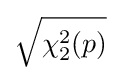
{\sqrt {\chi _{2}^{2}(p)}}